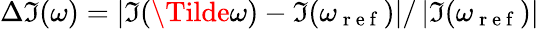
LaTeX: \Delta\Im(\omega)=\left|\Im(\Tilde{\omega})-\Im(\omega_{\mathrm{~r~e~f~}})\right|/\left|\Im(\omega_{\mathrm{~r~e~f~}})\right|